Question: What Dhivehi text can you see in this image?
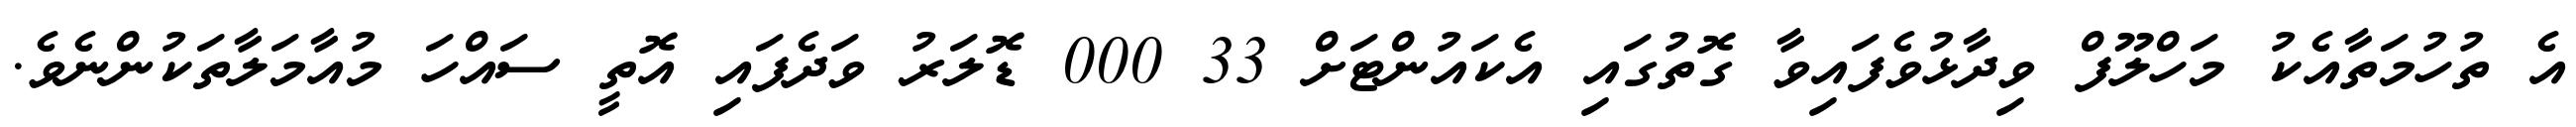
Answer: އެ ތުހުމަތާއެކު މަހްލޫފް ވިދާޅުވެފައިވާ ގޮތުގައި އެކައުންޓަށް 33 000 ޑޮލަރު ވަދެފައި އޮތީ ސައްހަ މުއާމަލާތަކުންނެވެ.